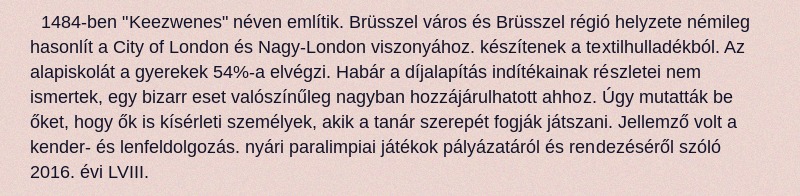
1484-ben "Keezwenes" néven említik. Brüsszel város és Brüsszel régió helyzete némileg hasonlít a City of London és Nagy-London viszonyához. készítenek a textilhulladékból. Az alapiskolát a gyerekek 54%-a elvégzi. Habár a díjalapítás indítékainak részletei nem ismertek, egy bizarr eset valószínűleg nagyban hozzájárulhatott ahhoz. Úgy mutatták be őket, hogy ők is kísérleti személyek, akik a tanár szerepét fogják játszani. Jellemző volt a kender- és lenfeldolgozás. nyári paralimpiai játékok pályázatáról és rendezéséről szóló 2016. évi LVIII.